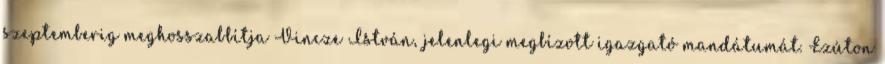
szeptemberig meghosszabbítja Vincze István, jelenlegi megbízott igazgató mandátumát. Ezúton